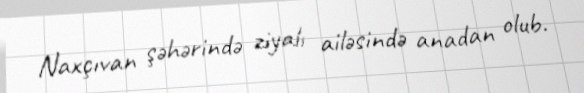
Naxçıvan şəhərində ziyalı ailəsində anadan olub.